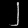
Digit: ၂